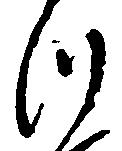
つ